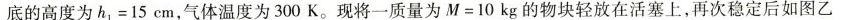
底的高度为$$h _ { 1 } = 1 5 c m$$，气体温度为300K。现将一质量为$$M = 1 0 k g$$的物块轻放在活塞上，再次稳定后如图乙